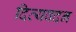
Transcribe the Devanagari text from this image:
दिव्यवदन